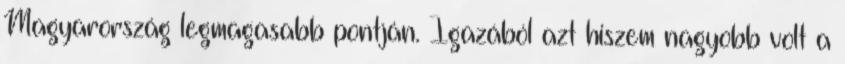
Magyarország legmagasabb pontján. Igazából azt hiszem nagyobb volt a